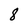
Character: 8